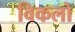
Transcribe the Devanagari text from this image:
विकलो